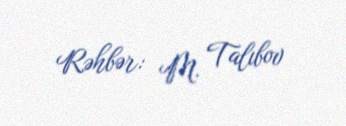
Rəhbər: M. Talıbov